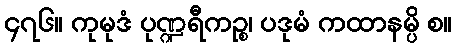
၄၇၆။ ကုမုဒံ ပုဏ္ဍရီကဉ္စ၊ ပဒုမံ ကထာနမ္ပိ စ။